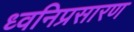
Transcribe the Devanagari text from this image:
ध्वनिप्रसारण